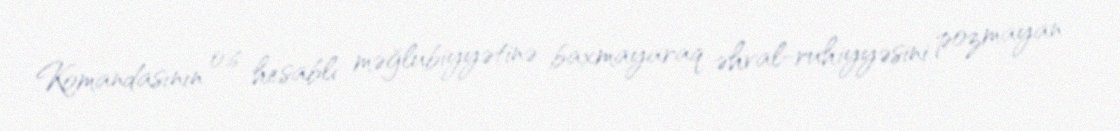
Komandasının 0:6 hesablı məğlubiyyətinə baxmayaraq əhval-ruhiyyəsini pozmayan